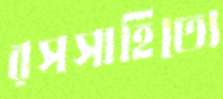
রসসাহিত্যে